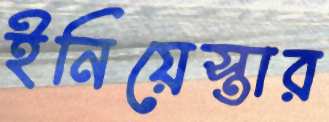
ইনিয়েস্তার